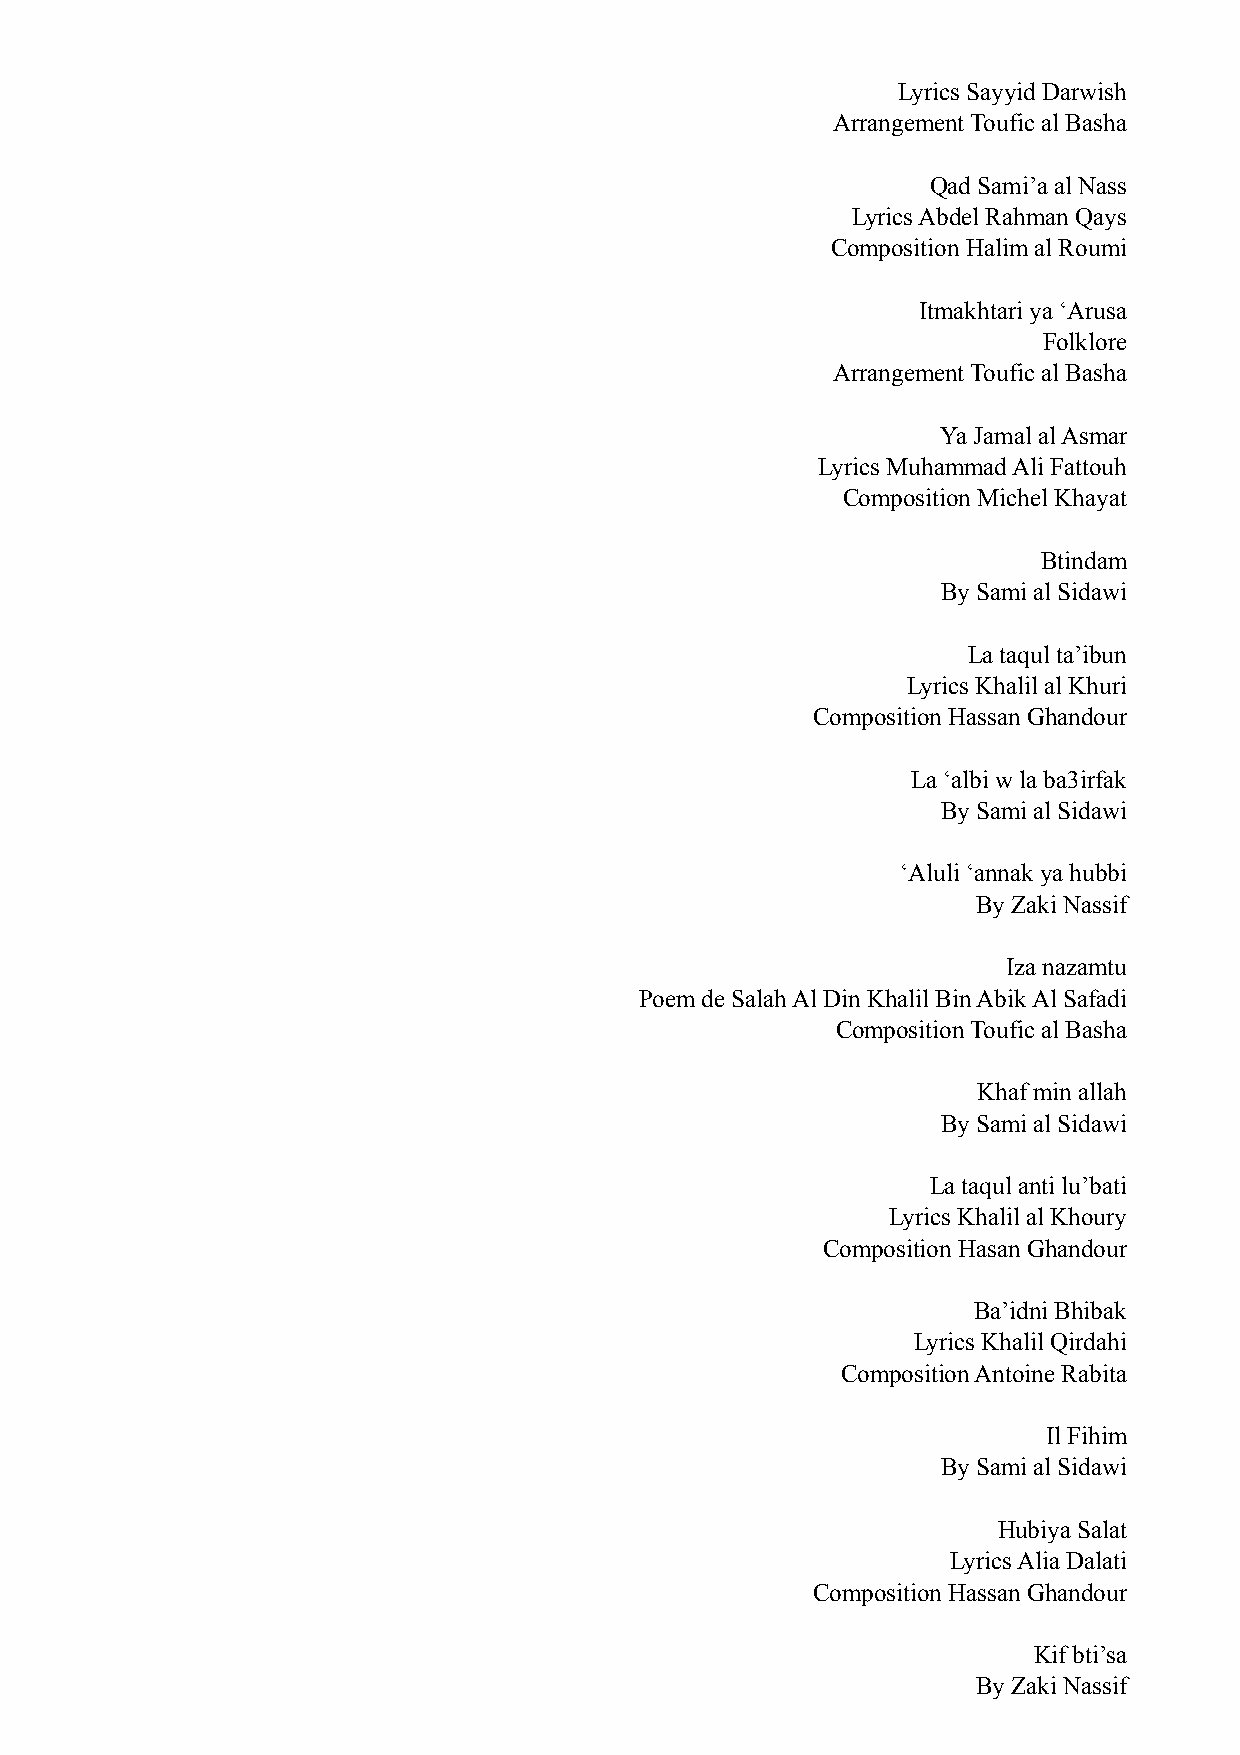
Lyrics Sayyid Darwish
 Arrangement Toufic al Basha
 Qad Sami’a al Nass
 Lyrics Abdel Rahman Qays
 Composition Halim al Roumi
 Itmakhtari ya ‘Arusa
 Folklore
 Arrangement Toufic al Basha
 Ya Jamal al Asmar
 Lyrics Muhammad Ali Fattouh
 Composition Michel Khayat
 Btindam
 By Sami al Sidawi
 La taqul ta’ibun
 Lyrics Khalil al Khuri
 Composition Hassan Ghandour
 La ‘albi w la ba3irfak
 By Sami al Sidawi
 ‘Aluli ‘annak ya hubbi
 By Zaki Nassif
 Iza nazamtu
 Poem de Salah Al Din Khalil Bin Abik Al Safadi
 Composition Toufic al Basha
 Khaf min allah
 By Sami al Sidawi
 La taqul anti lu’bati
 Lyrics Khalil al Khoury
 Composition Hasan Ghandour
 Ba’idni Bhibak
 Lyrics Khalil Qirdahi
 Composition Antoine Rabita
 Il Fihim
 By Sami al Sidawi
 Hubiya Salat
 Lyrics Alia Dalati
 Composition Hassan Ghandour
 Kif bti’sa
 By Zaki Nassif